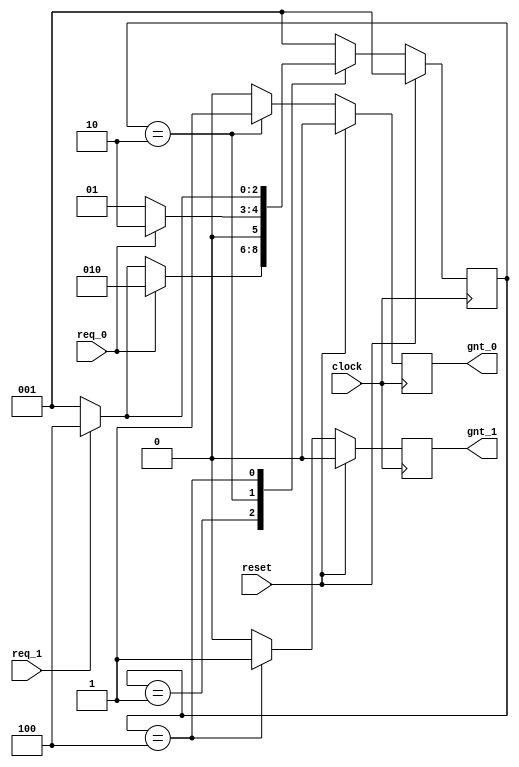
// This program was cloned from: https://github.com/chipsalliance/UHDM-integration-tests
// License: Apache License 2.0

// Source: http://www.asic-world.com/tidbits/verilog_fsm.html
//-----------------------------------------------------
// This is FSM demo program using function
// Design Name : fsm_using_function
//-----------------------------------------------------
module fsm_using_function (
clock      , // clock
reset      , // Active high, syn reset
req_0      , // Request 0
req_1      , // Request 1
gnt_0      , // Grant 0
gnt_1      
);
//-------------Input Ports-----------------------------
input   clock,reset,req_0,req_1;
 //-------------Output Ports----------------------------
output  gnt_0,gnt_1;
//-------------Input ports Data Type-------------------
wire    clock,reset,req_0,req_1;
//-------------Output Ports Data Type------------------
reg     gnt_0,gnt_1;
//-------------Internal Constants--------------------------
parameter SIZE = 3           ;
parameter IDLE  = 3'b001,GNT0 = 3'b010,GNT1 = 3'b100 ;
//-------------Internal Variables---------------------------
reg   [SIZE-1:0]          state        ;// Seq part of the FSM
wire  [SIZE-1:0]          next_state   ;// combo part of FSM
//----------Code startes Here------------------------
assign next_state = fsm_function(state, req_0, req_1);
//----------Function for Combo Logic-----------------
function [SIZE-1:0] fsm_function;
  input  [SIZE-1:0]  state ;	
  input    req_0 ;
  input    req_1 ;
  case(state)
   IDLE : if (req_0 == 1'b1) begin
                fsm_function = GNT0;
              end else if (req_1 == 1'b1) begin
                fsm_function= GNT1;
              end else begin
                fsm_function = IDLE;
              end
   GNT0 : if (req_0 == 1'b1) begin
                fsm_function = GNT0;
              end else begin
                fsm_function = IDLE;
              end
   GNT1 : if (req_1 == 1'b1) begin
                fsm_function = GNT1;
          end else begin
                fsm_function = IDLE;
              end
   default : fsm_function = IDLE;
  endcase
endfunction
//----------Seq Logic-----------------------------
always @ (posedge clock)
begin : FSM_SEQ
  if (reset == 1'b1) begin
    state <= #1 IDLE;
  end else begin
    state <= #1 next_state;
  end
end
//----------Output Logic-----------------------------
always @ (posedge clock)
begin : OUTPUT_LOGIC
if (reset == 1'b1) begin
  gnt_0 <= #1 1'b0;
  gnt_1 <= #1 1'b0;
end
else begin
  case(state)
    IDLE : begin
                  gnt_0 <= #1 1'b0;
                  gnt_1 <= #1 1'b0;
               end
   GNT0 : begin
                   gnt_0 <= #1 1'b1;
                   gnt_1 <= #1 1'b0;
                end
   GNT1 : begin
                   gnt_0 <= #1 1'b0;
                   gnt_1 <= #1 1'b1;
                end
   default : begin
                    gnt_0 <= #1 1'b0;
                    gnt_1 <= #1 1'b0;
                  end
  endcase
end
end // End Of Block OUTPUT_LOGIC

endmodule // End of Module arbiter